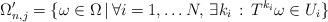
LaTeX: \begin{align*}\Omega_{n,j}'=\{\omega\in \Omega\,|\,\forall i=1,\dots N,\,\exists k_i \,:\, T^{k_i}\omega\in U_{i}\}\end{align*}